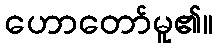
ဟောတော်မူ၏။